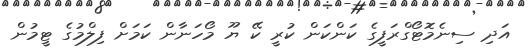
އަދި ސިނެމޮޓޯގްރަފީގެ ކަންކަން ކުރީ ކޭ ޔޫ މޯހަނާން ކަމަށް ފިލްމުގެ ޓީމުން